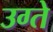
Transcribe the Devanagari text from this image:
उग्ते